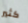
كثير